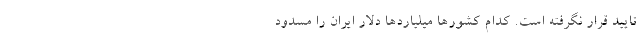
تایید قرار نگرفته است. کدام کشورها میلیاردها دلار ایران را مسدود